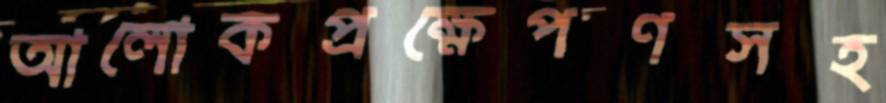
আলোকপ্রক্ষেপণসহ